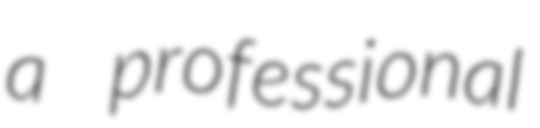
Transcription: a professional